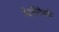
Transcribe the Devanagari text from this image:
जैवाविरोधाके